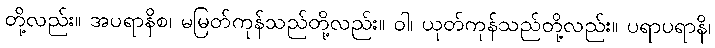
တို့လည်း။ အပရာနိစ၊ မမြတ်ကုန်သည်တို့လည်း။ ဝါ၊ ယုတ်ကုန်သည်တို့လည်း။ ပရာပရာနိ၊